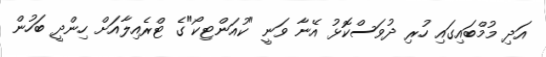
އަދި މުމްބައިގައި ހުރި ދުވަސްކޮޅު އޭނާ ވަނީ "ކުއަންޓިކޯ"ގެ ޓްރެއިލާއަށް ހިންދީ ބަހުން